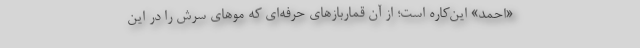
«احمد» این‌کاره است؛ از آن قماربازهای حرفه‌ای که موهای سرش را در این